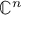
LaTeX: \mathbb { C } ^ { n }